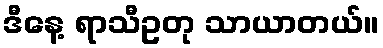
ဒီနေ့ ရာသီဥတု သာယာတယ်။